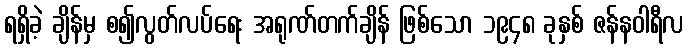
ရရှိခဲ့ ချိန်မှ စ၍လွတ်လပ်ရေး အရုဏ်တက်ချိန် ဖြစ်သော ၁၉၄၈ ခုနှစ် ဇန်နဝါရီလ